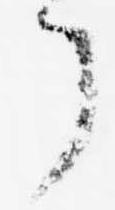
了